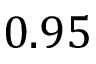
0 . 9 5